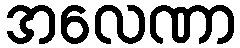
အလေဏာ